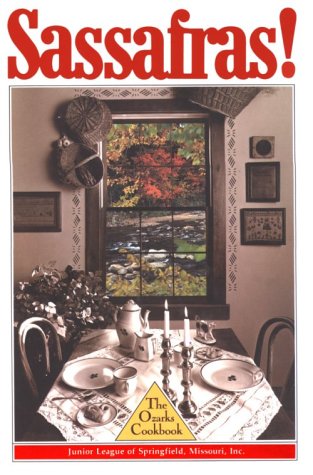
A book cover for Sassafras: The Ozarks Cookbook; Junior League of Springfield; Cookbooks, Food & Wine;